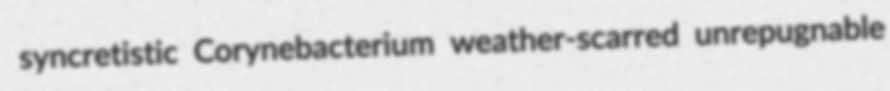
syncretistic Corynebacterium weather-scarred unrepugnable